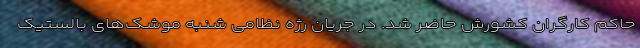
حاکم کارگران کشورش حاضر شد. در جریان رژه نظامی شنبه موشک‌های بالستیک